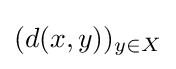
(d(x,y))_{y\in X}